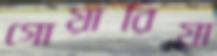
গোয়ারিয়া